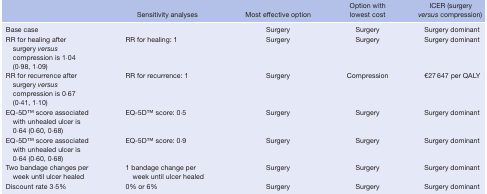
<table><thead><tr><td></td><td><b>Sensitivity analyses</b></td><td><b>Most effective option</b></td><td><b>Option with lowest cost</b></td><td><b>ICER (surgery <i>versus</i> compression)</b></td></tr></thead><tbody><tr><td>Base case</td><td></td><td>Surgery</td><td>Surgery</td><td>Surgery dominant</td></tr><tr><td>RR for healing after surgery <i>versus</i> compression is 1·04 (0·98, 1·09)</td><td>RR for healing: 1</td><td>Surgery</td><td>Surgery</td><td>Surgery dominant</td></tr><tr><td>RR for recurrence after surgery <i>versus</i> compression is 0·67 (0·41, 1·10)</td><td>RR for recurrence: 1</td><td>Surgery</td><td>Compression</td><td>€27 647 per QALY</td></tr><tr><td>EQ‐5DTM score associated with unhealed ulcer is 0·64 (0·60, 0·68)</td><td>EQ‐5DTM score: 0·5</td><td>Surgery</td><td>Surgery</td><td>Surgery dominant</td></tr><tr><td>EQ‐5DTM score associated with unhealed ulcer is 0·64 (0·60, 0·68)</td><td>EQ‐5DTM score: 0·9</td><td>Surgery</td><td>Surgery</td><td>Surgery dominant</td></tr><tr><td>Two bandage changes per week until ulcer healed</td><td>1 bandage change per week until ulcer healed</td><td>Surgery</td><td>Surgery</td><td>Surgery dominant</td></tr><tr><td>Discount rate 3·5%</td><td>0% or 6%</td><td>Surgery</td><td>Surgery</td><td>Surgery dominant</td></tr></tbody></table>